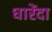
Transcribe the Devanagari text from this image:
धारेंदा